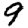
Digit: 9